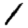
Digit: 1